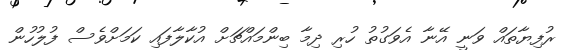
ރުފިޔާތައް ވަނީ އޭނާ އެވަގުތު ހުރި ދިމާ ބިންމައްޗަށް އުކާލާފައި ކަމަށްވެސް ފުލުހުން